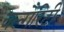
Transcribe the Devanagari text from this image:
वल्गैरिटी